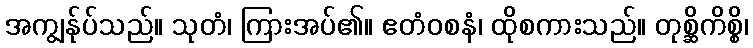
အကျွန်ုပ်သည်။ သုတံ၊ ကြားအပ်၏။ ဧတံဝစနံ၊ ထိုစကားသည်။ တုစ္ဆိကိစ္စိ၊